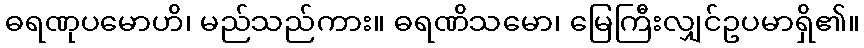
ဓရဏုပမောဟိ၊ မည်သည်ကား။ ဓရဏိသမော၊ မြေကြီးလျှင်ဥပမာရှိ၏။